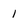
Character: I